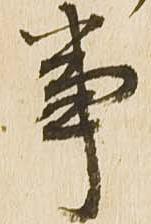
事